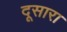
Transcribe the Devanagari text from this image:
दूसारा